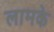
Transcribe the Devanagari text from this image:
लामके